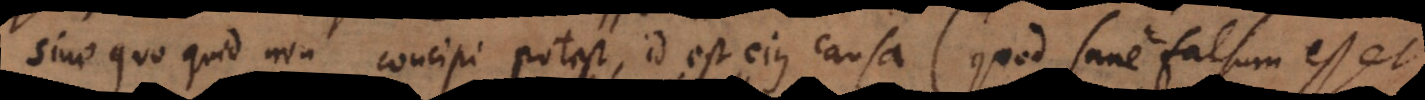
sine quo quid non concipi potest, id est eius causa (quod sane falsum esse